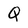
Character: Q